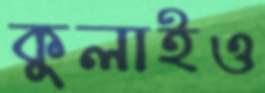
কুলাইও